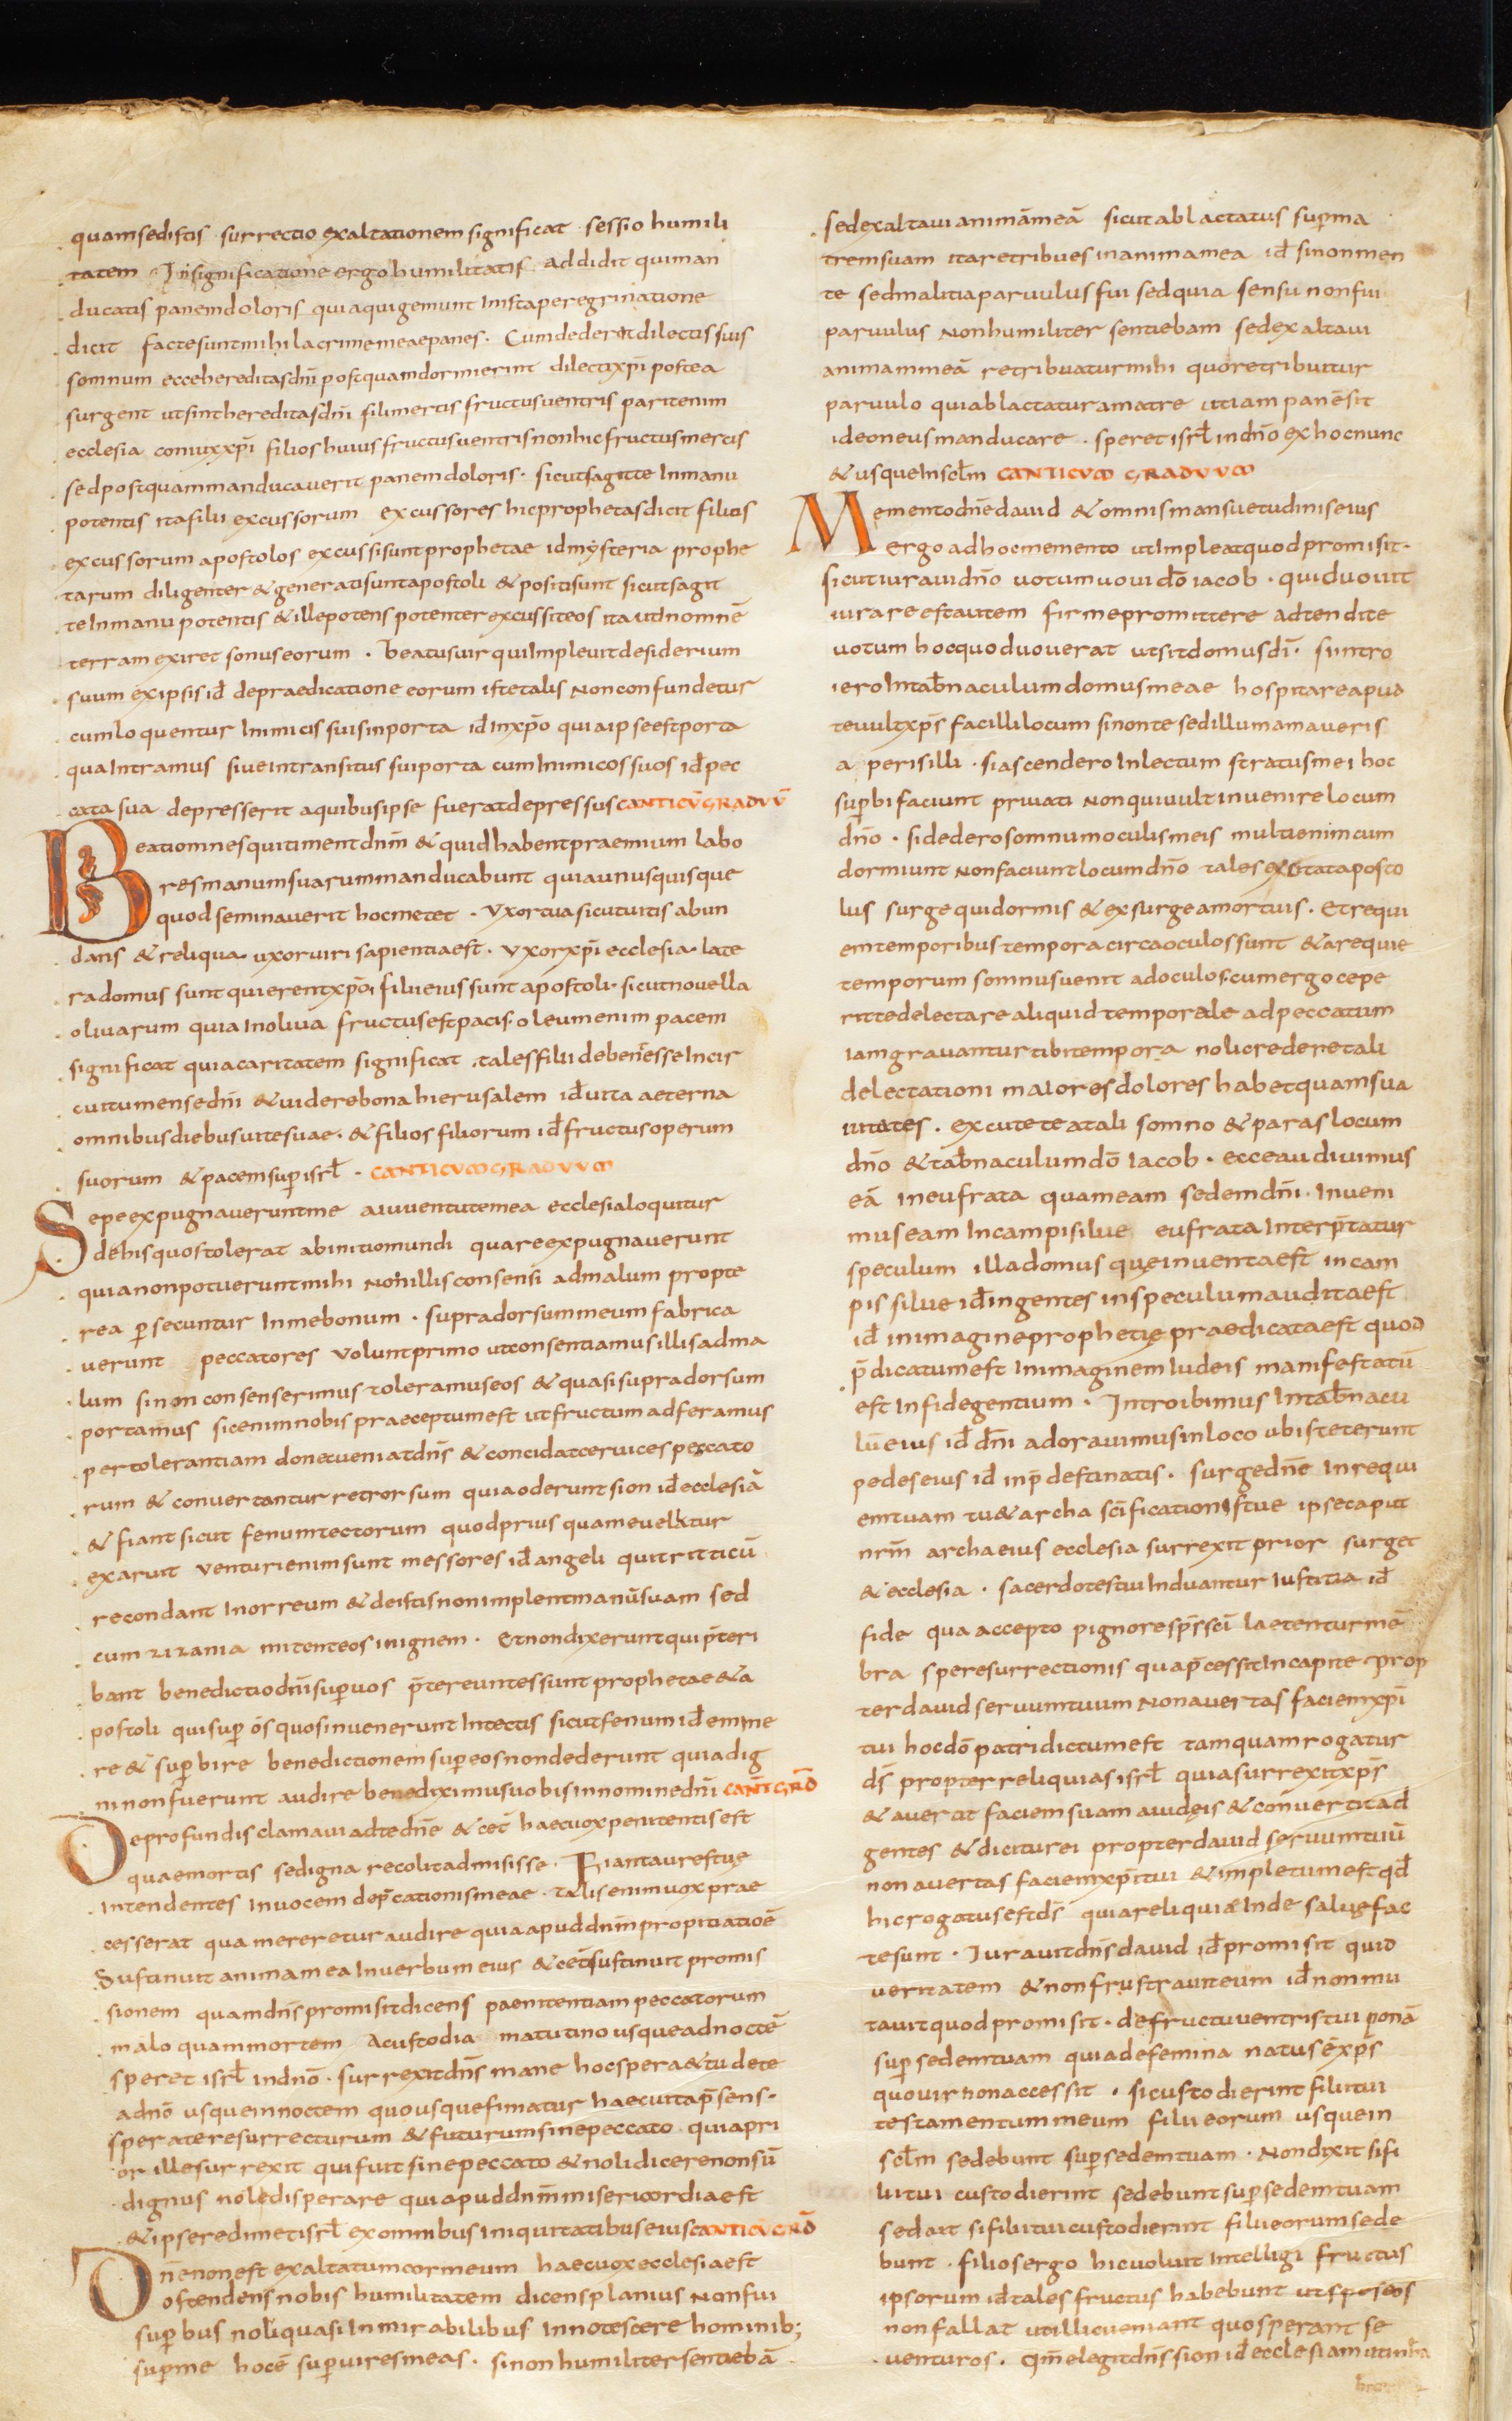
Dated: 800–824